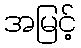
အမြင့်